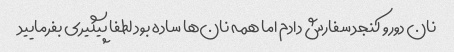
نان دورو کنجد سفارش دادم اما همه نان‌ها ساده بود لطفا پیگیری بفرمایید